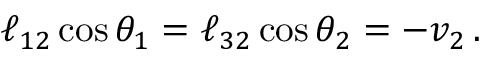
\ell _ { 1 2 } \cos { \theta } _ { 1 } = \ell _ { 3 2 } \cos { \theta } _ { 2 } = - v _ { 2 } \, .